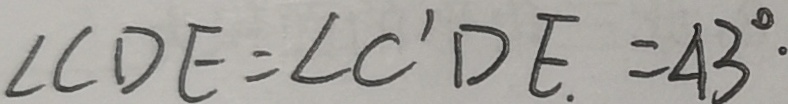
\angle C D E = \angle C ^ { \prime } D E = 4 3 ^ { \circ } .